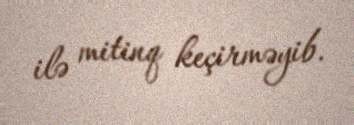
ilə mitinq keçirməyib.